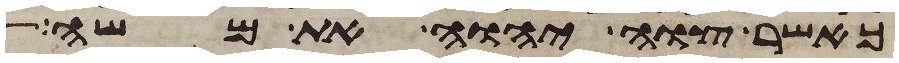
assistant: כאשר צוה יהוה את משה